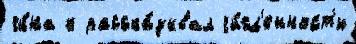
чи́на к расска́зывал чи́сл'енност'и